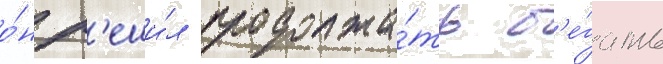
о́н р'еши́л продолжа́ть б'е́гать